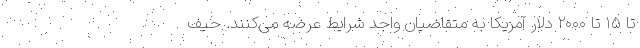
تا ۱۵ تا ۲۰۰۰ دلار آمریکا به متقاضیان واجد شرایط عرضه می‌کنند. حیف